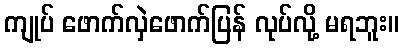
ကျုပ် ဖောက်လှဲဖောက်ပြန် လုပ်လို့ မရဘူး။